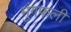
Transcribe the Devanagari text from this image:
मुंगफली